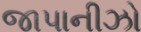
જાપાનીઝો